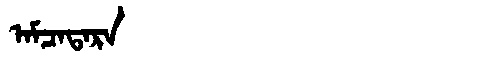
Manchu: ᠠᠮᠴᠠᡨᠠᡵᠠ
Romanization: AMCATARA